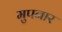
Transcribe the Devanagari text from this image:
मुपनार